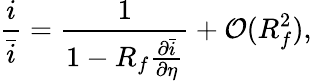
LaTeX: \frac{i}{\bar{i}}=\frac{1}{1-R_{f}\frac{\partial\bar{i}}{\partial\eta}}+\mathcal{O}(R_{f}^{2}),